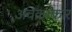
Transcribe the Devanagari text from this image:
अवक्राकार